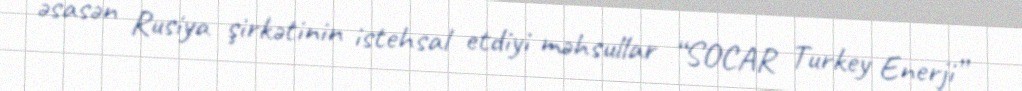
əsasən Rusiya şirkətinin istehsal etdiyi məhsullar “SOCAR Turkey Enerji”